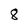
Character: 8